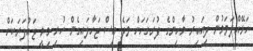
ހަޅޭއްލަވަމުން ދިއައިރު މާހިންގެ ފުރަގަހަށް ވަދެ އިސް ޖަހާލައިގެން ހުރި މިމީ ޖައުފަރަކަށް